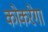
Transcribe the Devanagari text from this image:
कोकरेगा